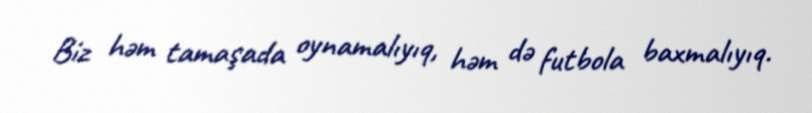
Biz həm tamaşada oynamalıyıq, həm də futbola baxmalıyıq.